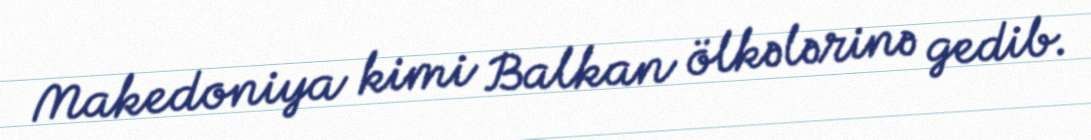
Makedoniya kimi Balkan ölkələrinə gedib.